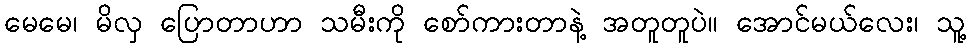
မေမေ၊ မိလှ ပြောတာဟာ သမီးကို စော်ကားတာနဲ့ အတူတူပဲ။ အောင်မယ်လေး၊ သူ့